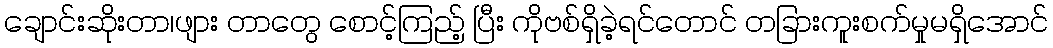
ချောင်းဆိုးတာ၊ဖျား တာတွေ စောင့်ကြည့် ပြီး ကိုဗစ်ရှိခဲ့ရင်တောင် တခြားကူးစက်မှုမရှိအောင်